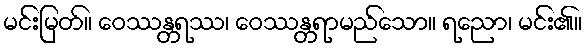
မင်းမြတ်။ ဝေဿန္တရဿ၊ ဝေဿန္တရာမည်သော။ ရညော၊ မင်း၏။